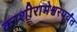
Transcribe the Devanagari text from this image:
काशीरामेश्वरपर्यंत